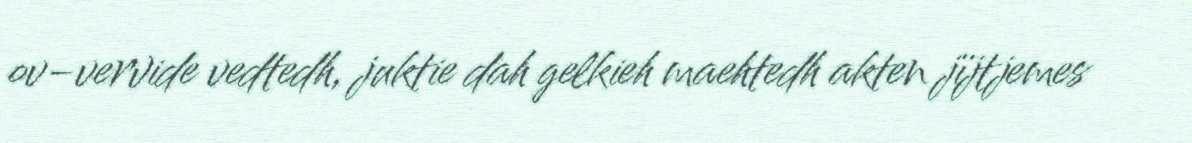
ov-vervide vedtedh, juktie dah gelkieh maehtedh akten jïjtjemes